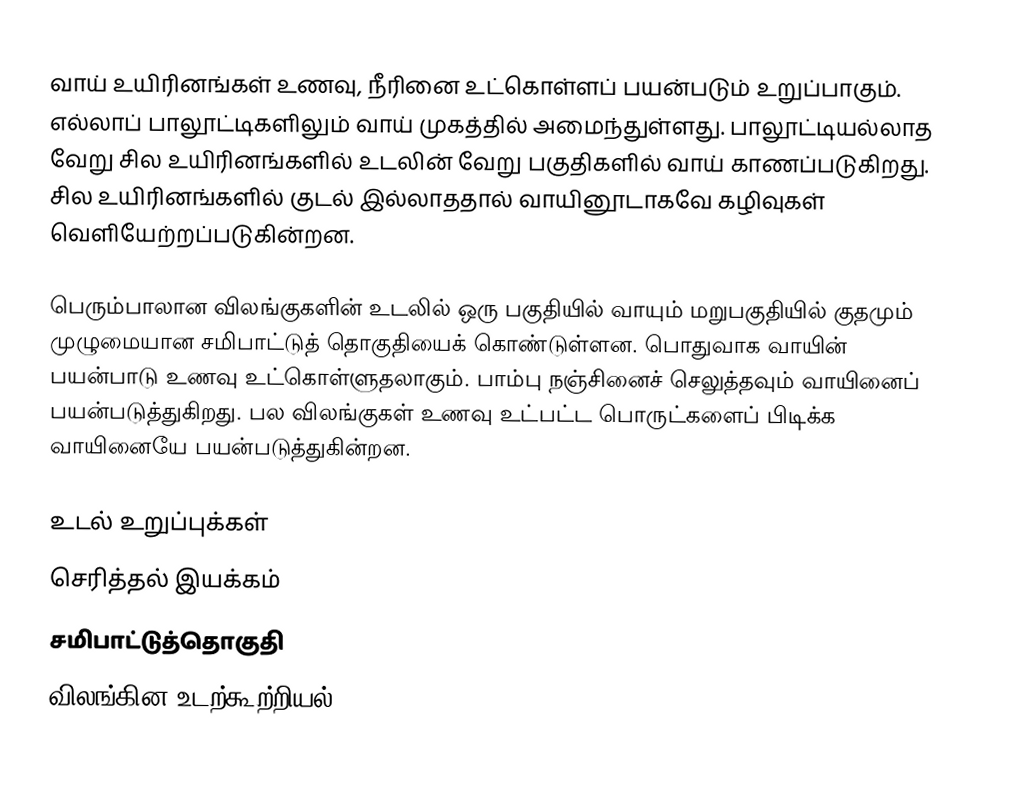
வாய் உயிரினங்கள் உணவு, நீரினை உட்கொள்ளப் பயன்படும் உறுப்பாகும். எல்லாப் பாலூட்டிகளிலும் வாய் முகத்தில் அமைந்துள்ளது. பாலூட்டியல்லாத வேறு சில உயிரினங்களில் உடலின் வேறு பகுதிகளில் வாய் காணப்படுகிறது. சில உயிரினங்களில் குடல் இல்லாததால் வாயினூடாகவே கழிவுகள் வெளியேற்றப்படுகின்றன.

பெரும்பாலான விலங்குகளின் உடலில் ஒரு பகுதியில் வாயும் மறுபகுதியில் குதமும் முழுமையான சமிபாட்டுத் தொகுதியைக் கொண்டுள்ளன. பொதுவாக வாயின் பயன்பாடு உணவு உட்கொள்ளுதலாகும். பாம்பு நஞ்சினைச் செலுத்தவும் வாயினைப் பயன்படுத்துகிறது. பல விலங்குகள் உணவு உட்பட்ட பொருட்களைப் பிடிக்க வாயினையே பயன்படுத்துகின்றன.

உடல் உறுப்புக்கள்
செரித்தல் இயக்கம்
சமிபாட்டுத்தொகுதி
விலங்கின உடற்கூற்றியல்